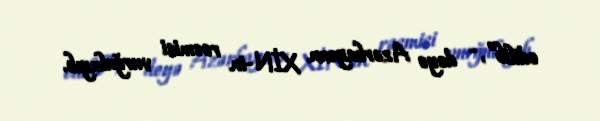
edilib”, - deyə Azərbaycan XİN-in rəsmisi vurğulayıb.